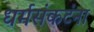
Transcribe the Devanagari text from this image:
धर्मसंकटंना